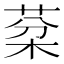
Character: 棻